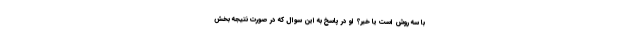
با سه روش است یا خیر؟ او در پاسخ به این سوال که در صورت نتیجه بخش